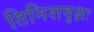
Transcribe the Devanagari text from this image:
तिनिशवृक्षः